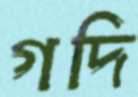
গদি